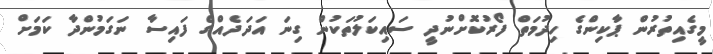
މީގެއިތުރުން ޕާކިންގެ ހިދުމަތް ފޯރުކޮށްނުދީ ސައިކަލުތަކުން ގިނަ އަދަދެއްގެ ފައިސާ ނަގަމުންދާ ކަމަށް